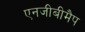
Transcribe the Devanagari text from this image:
एनजीबीमैप